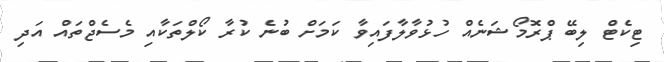
ޓިކެޓް ލިބޭ ޕްރޮމޯޝަނެއް ހުޅުވާލާފައިވާ ކަމަށް ބުނެ ކުރާ ކޯލްތަކާއި މެސެޖްތައް އަދި